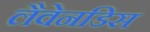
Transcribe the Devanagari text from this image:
लैवेनडिस